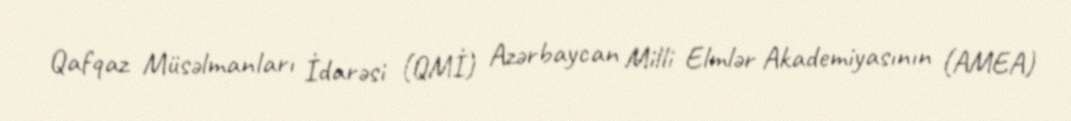
Qafqaz Müsəlmanları İdarəsi (QMİ) Azərbaycan Milli Elmlər Akademiyasının (AMEA)